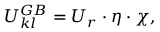
U _ { k l } ^ { G B } = U _ { r } \cdot \eta \cdot \chi ,